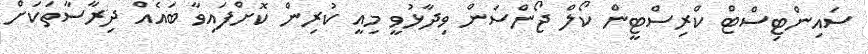
ސައިންޓިސްޓް ކްރިސްޓީން ކޯލް ޖޯންސަން ވިދާޅުވީ މިއީ ކުރިން ކޮށްފައިވާ ބައެއް ދިރާސާތަކަށް